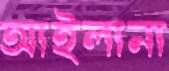
আইলানা